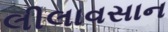
લીલાવસાન